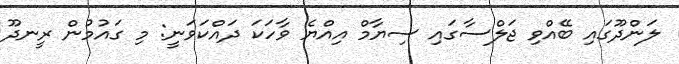
ލަންދޫގައި ބޭއްވި ޖަލްސާގައި ސިޔާމް އިއްޔެ ވާހަކަ ދައްކަވަނީ: މި ގައުމުން ރީނދޫ